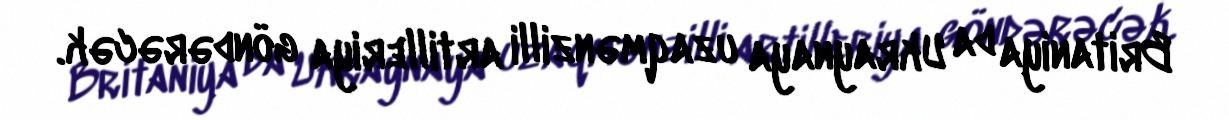
Britaniya da Ukraynaya uzaqmənzilli artilleriya göndərəcək.